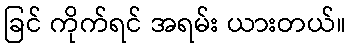
ခြင် ကိုက်ရင် အရမ်း ယားတယ်။